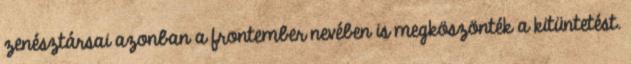
zenésztársai azonban a frontember nevében is megköszönték a kitüntetést.